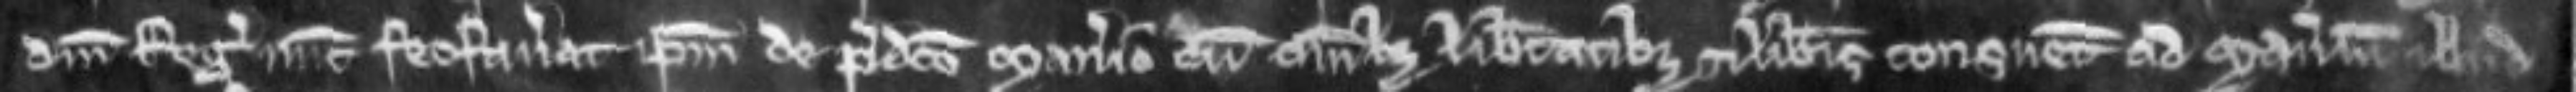
domini Regis nunc feofaverat ipsum de predicto manerio cum omnibus libertatibus et liberis consuetudinibus ad manerium illud